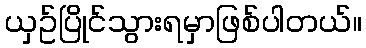
ယှဥ်ပြိုင်သွားရမှာဖြစ်ပါတယ်။